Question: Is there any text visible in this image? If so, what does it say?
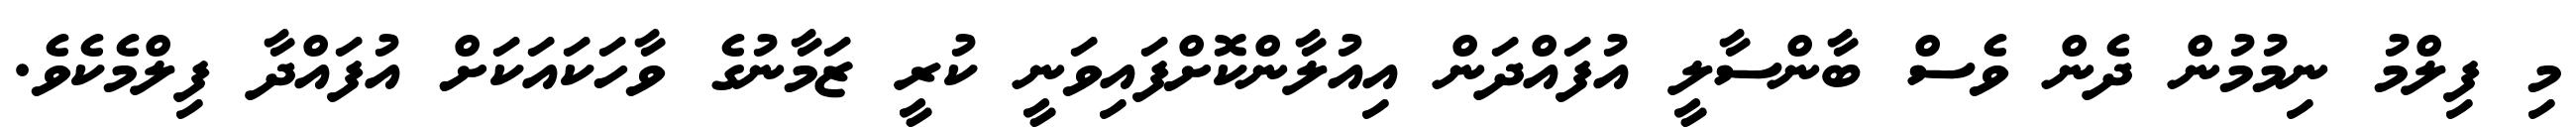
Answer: މި ފިލްމު ނިމުމުން ދެން ވެސް ބާންސާލީ އުފައްދަން އިއުލާންކޮށްފައިވަނީ ކުރީ ޒަމާނުގެ ވާހަކައަކަށް އުފައްދާ ފިލްމެކެވެ.